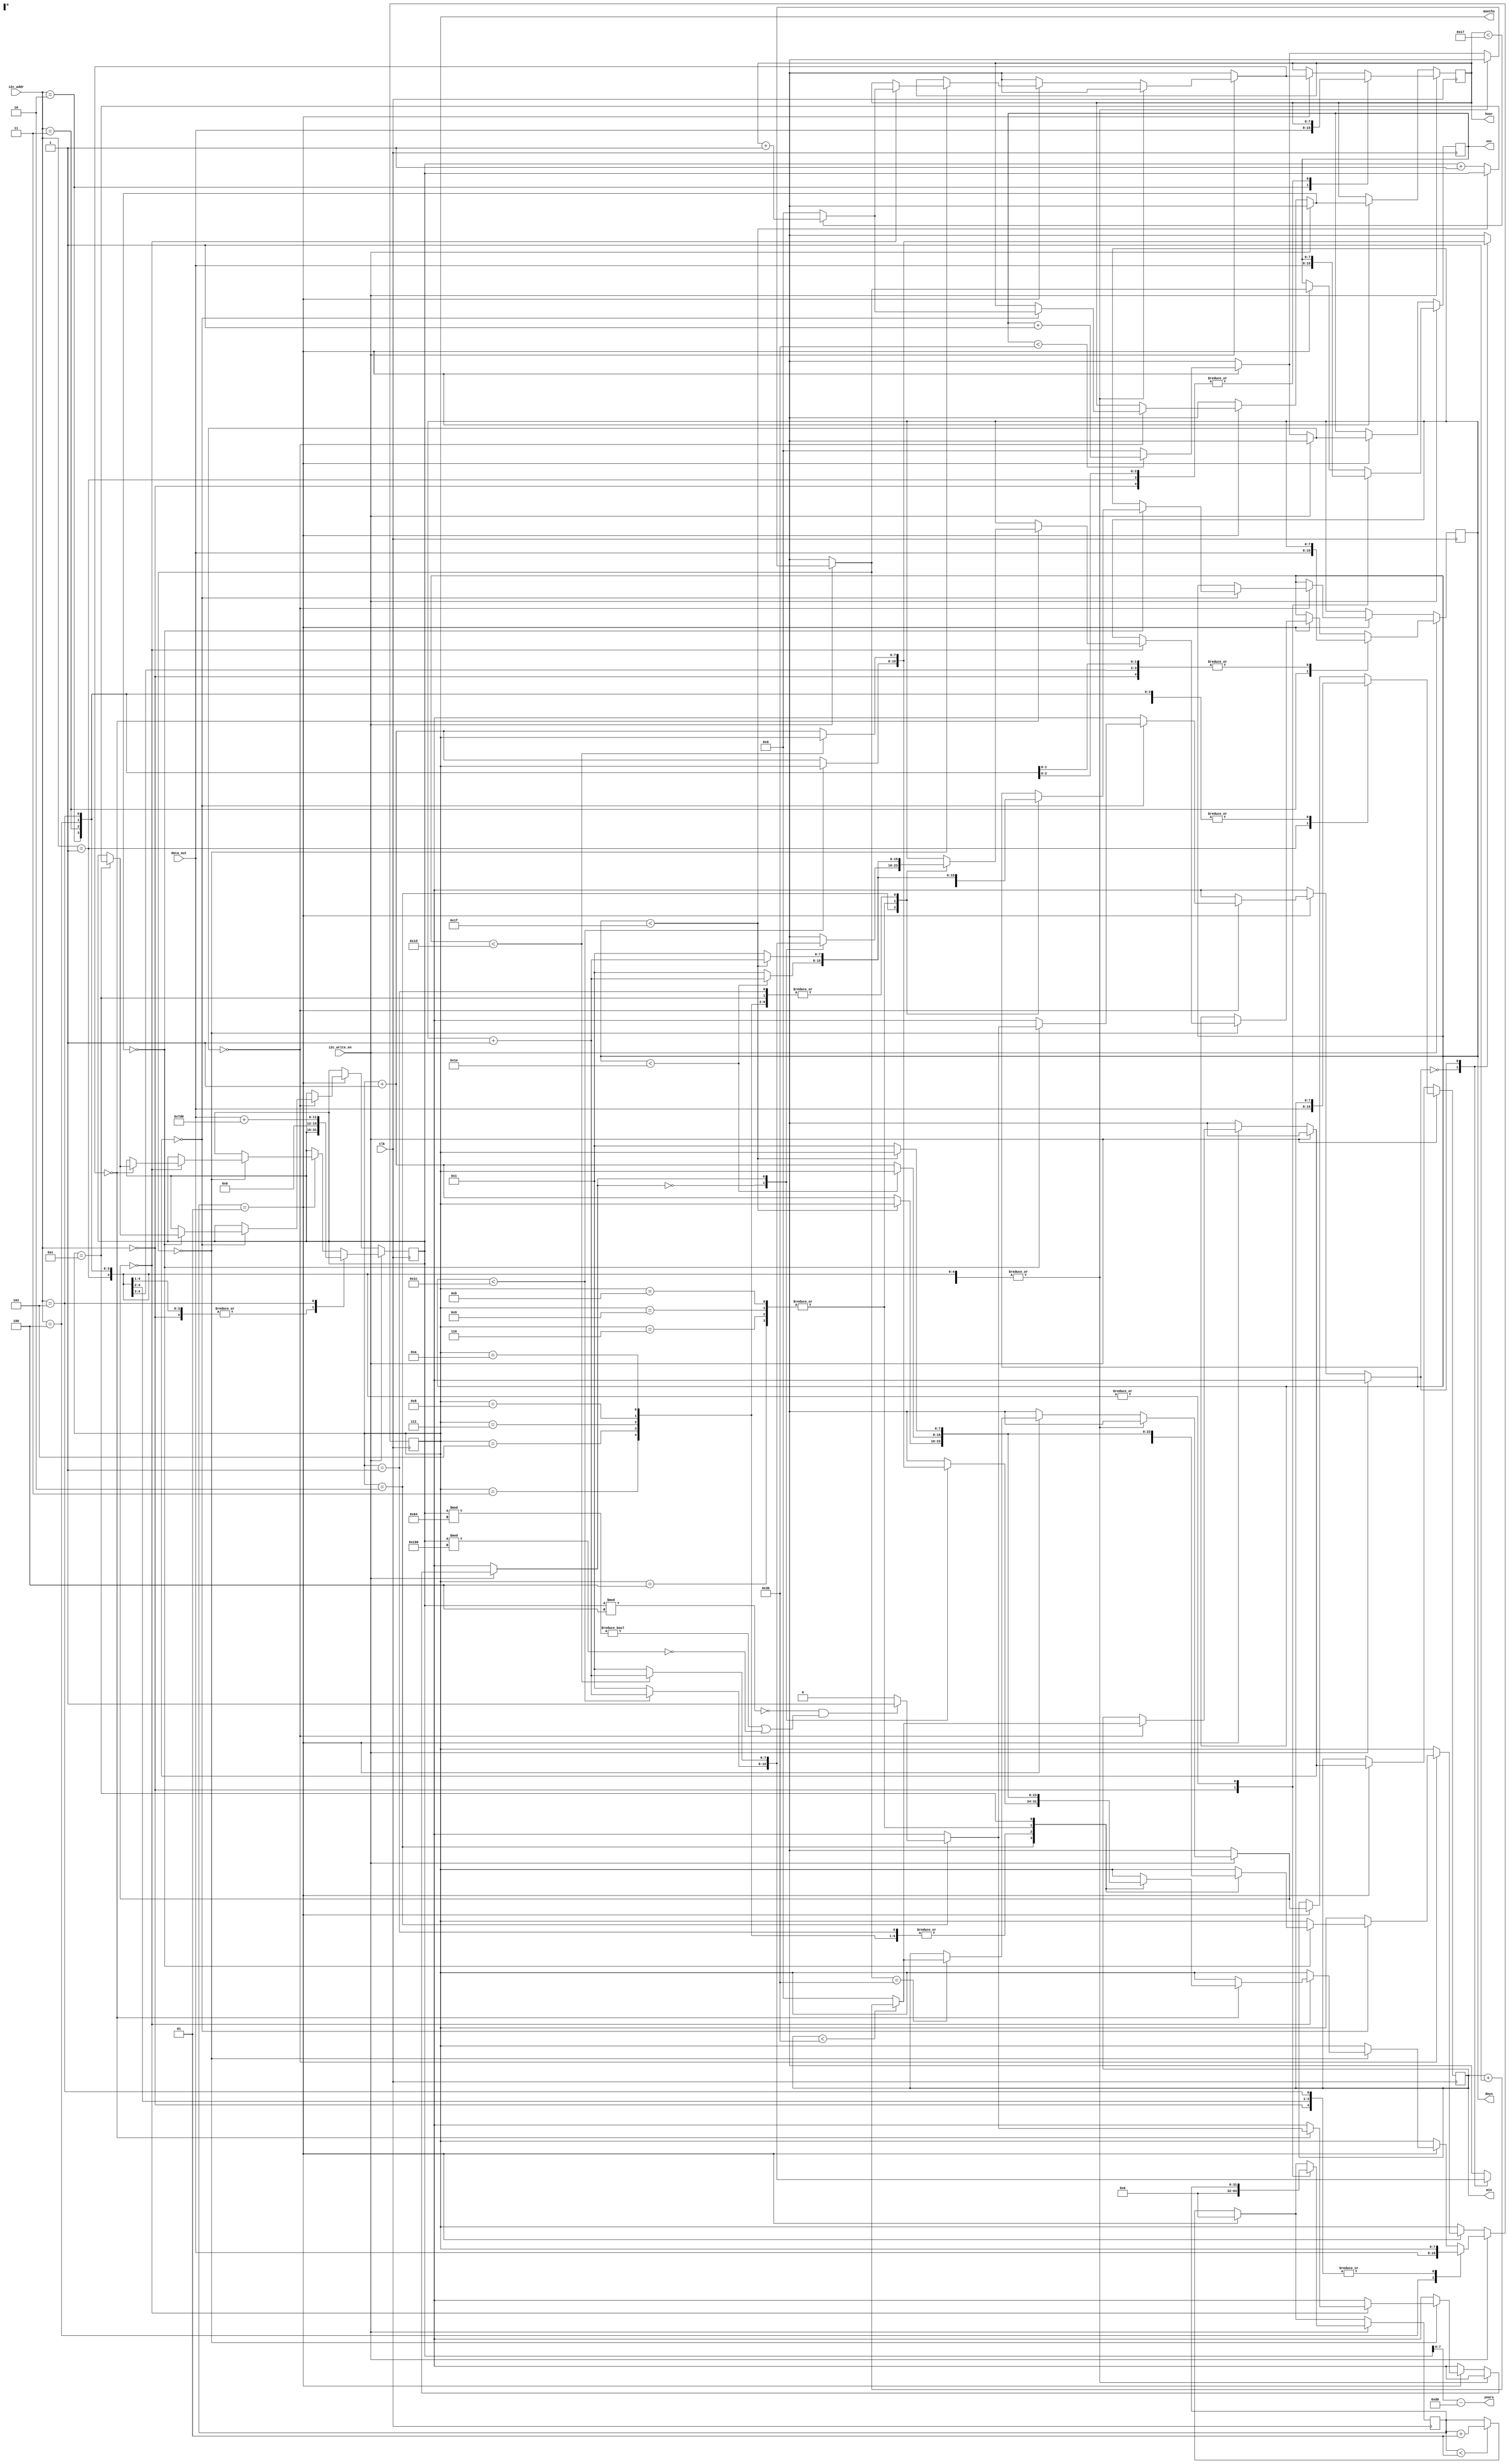
`timescale 1ns / 1ps

module counters(
    input wire clk,
    input [3:0] i2c_addr,
    input [7:0] data_out,   // data from bcd to binary converter
    input i2c_write_en,
    output wire [7:0] sec,
    output wire [7:0] min,
    output wire [7:0] hour,
    output wire [7:0] days,
    output wire [7:0] months,
    output wire [7:0] years
    );
    
    reg [7:0] sec_count_reg = 0;    // register for storing seconds
    reg [7:0] min_count_reg = 0;    // register for storing minutes
    reg [7:0] hour_count_reg = 0;    // register for storing hours
    reg [7:0] day_count_reg = 1;    // register for storing days
    reg [7:0] month_count_reg = 1;    // register for storing months
    reg [15:0] year_count_reg = 2023;    // register for storing years
            
    parameter sec_register_addr = 0;    // address of seconds register
    parameter min_register_addr = 1;    // address of minutes register
    parameter hour_register_addr = 2;   // address of hours register    * hours are in 24-hour format
    parameter day_register_addr = 3;   // address of days register
    parameter month_register_addr = 4;   // address of months register
    parameter year_register_addr = 5;   // address of years register
    
    // "A year is a leap year if it is divisible by 4, except for years that are divisible by 100 but not by 400. 
    // Years that are divisible by 400 are always leap years."
    // Here are some examples to illustrate this rule:
    // The year 2000 was a leap year, because it was divisible by 4 and by 400.
    // The year 1900 was not a leap year, because it was divisible by 4 and by 100 but not by 400.
    // The year 2024 will be a leap year, because it is divisible by 4 and is not divisible by 100 (or 400).
    // The year 2100 will not be a leap year, because it is divisible by 4 and by 100 but not by 400.

    reg is_leap_year;   // it's value is 1 if the year is a leap year otherwise 0.
    parameter base_clock = 1;   // base clock
    integer div = 0;    // clock divider. it divides the base clock into 1 second
    
    // constants indicating the months number
    // later used in case statement
    parameter jan = 1;
    parameter feb = 2;
    parameter mar = 3;
    parameter april = 4;
    parameter may = 5;
    parameter june = 6;
    parameter july = 7;
    parameter aug = 8;
    parameter sep = 9;
    parameter oct = 10;
    parameter nov = 11;
    parameter dec = 12;
    
    // counter
    // it triggers on every clock tick
    always @ (posedge clk) begin
    // if the write signal from i2c is asserted then overwrite the register
        if (i2c_write_en == 1) begin
            case (i2c_addr)
            sec_register_addr: begin 
                sec_count_reg = data_out; 
                div = 0;
             end
            // overwrite the minutes register if it's address is on addr bus
            min_register_addr: begin 
                min_count_reg = data_out;
            end
            // overwrite the hour register if it's address is on addr bus
            hour_register_addr: begin
                hour_count_reg = data_out;
            end
            
            // overwrite the day register if it's address is on addr bus
            day_register_addr: begin
                day_count_reg = data_out;
            end

            // overwrite the month register if it's address is on addr bus
            month_register_addr: begin
                month_count_reg = data_out;
            end
            
            // overwrite the year register
            year_register_addr: begin
                year_count_reg = data_out + 2000;
            end
                
            // if the address was invalid, then increment the second counter register
            // because we don't want invalid addresses to halt counter register increments
            default: begin
                    if (div == base_clock) begin
                        div = 0;
                        // number of seconds should be 00-59
                        if (sec_count_reg < 59) begin
                            sec_count_reg = sec_count_reg + 1;
                        end else begin
                            sec_count_reg = 0;
                        end

                        // increment minutes counter
                        // keep the counter value in between 00-59
                        if (sec_count_reg == 59) begin
                            // increment the minute counter if minutes are in this range 00-59
                            if (min_count_reg < 59) begin
                                min_count_reg = min_count_reg + 1;
                            end else begin
                                min_count_reg = 0;
                            end
                        end 

                        // increment hour register
                        // keep check on register value
                        // value should not exceed 00-23
                        
                        // counter format : min: sec, 0:0,
                        if (sec_count_reg == 0) begin
                            if (min_count_reg == 0) begin
                                if (hour_count_reg < 23) begin
                                    hour_count_reg = hour_count_reg + 1;    
                                end else begin
                                    hour_count_reg = 0;
                                end
                            end
                        end 
                                                                    
                // increment days and months
                        if (sec_count_reg == 0) begin
                            if (min_count_reg == 0) begin
                                if (hour_count_reg == 0) begin
                                
                                    case (month_count_reg)
                                        jan: begin
                                            if (day_count_reg < 31) begin
                                                day_count_reg = day_count_reg + 1;
                                            end else begin
                                                day_count_reg = 1;
                                                month_count_reg = month_count_reg + 1;
                                            end
                                        end
                                        
                                        feb: begin
                                            // leaps years
                                            // compensate for leap years
                                            if (year_count_reg % 4 == 0 && (year_count_reg % 100 != 0 || year_count_reg % 400 == 0)) begin
                                                is_leap_year = 1; // write 1 to leap_year if year is a leap year
                                            end 
                                            else begin
                                                is_leap_year = 0; // write 0 to leap_year if year is not a leap year
                                            end
                                                  
                                            case(is_leap_year)
                                                // if it's not a leap year
                                                0: begin 
                                                    if (day_count_reg < 28) begin
                                                        day_count_reg = day_count_reg + 1;    
                                                    end else begin
                                                        day_count_reg = 1;
                                                        month_count_reg = month_count_reg + 1;
                                                    end 
                                                end
                                                
                                                // if it's a leap year
                                                1: begin
                                                    if (day_count_reg < 29) begin
                                                        day_count_reg = day_count_reg + 1;    
                                                    end else begin
                                                        day_count_reg = 1;
                                                        month_count_reg = month_count_reg + 1;
                                                    end 
                                                end
                                            endcase
                                        end
                                        
                                        mar: begin
                                            if (day_count_reg < 31) begin
                                                day_count_reg = day_count_reg + 1;
                                            end else begin
                                                day_count_reg = 1;
                                                month_count_reg = month_count_reg + 1;
                                            end 
                                        end
        
                                        april: begin
                                            if (day_count_reg < 30) begin
                                                day_count_reg = day_count_reg + 1;
                                            end else begin
                                                day_count_reg = 1;
                                                month_count_reg = month_count_reg + 1;
                                            end 
                                        end
        
                                        may: begin
                                            if (day_count_reg < 31) begin
                                                day_count_reg = day_count_reg + 1;
                                            end else begin
                                                day_count_reg = 1;
                                                month_count_reg = month_count_reg + 1;
                                            end 
                                        end
                                                                       
                                        june: begin
                                            if (day_count_reg < 30) begin
                                                day_count_reg = day_count_reg + 1;
                                            end else begin
                                                day_count_reg = 1;
                                                month_count_reg = month_count_reg + 1;
                                            end 
                                        end
                                        
                                        july: begin
                                            if (day_count_reg < 31) begin
                                                day_count_reg = day_count_reg + 1;
                                            end else begin
                                                day_count_reg = 1;
                                                month_count_reg = month_count_reg + 1;
                                            end 
                                        end
        
                                        aug: begin
                                            if (day_count_reg < 31) begin
                                                day_count_reg = day_count_reg + 1;
                                            end else begin
                                                day_count_reg = 1;
                                                month_count_reg = month_count_reg + 1;
                                            end 
                                        end
                                                      
                                        sep: begin
                                            if (day_count_reg < 30) begin
                                                day_count_reg = day_count_reg + 1;
                                            end else begin
                                                day_count_reg = 1;
                                                month_count_reg = month_count_reg + 1;
                                            end 
                                        end
                                        
                                        oct: begin
                                            if (day_count_reg < 31) begin
                                                day_count_reg = day_count_reg + 1;
                                            end else begin
                                                day_count_reg = 1;
                                                month_count_reg = month_count_reg + 1;
                                            end 
                                        end
                                        
                                        nov: begin
                                            if (day_count_reg < 30) begin
                                                day_count_reg = day_count_reg + 1;
                                            end else begin
                                                day_count_reg = 1;
                                                month_count_reg = month_count_reg + 1;
                                            end 
                                        end
                                        
                                        dec: begin
                                            if (day_count_reg < 31) begin
                                                day_count_reg = day_count_reg + 1;
                                            end else begin
                                                day_count_reg = 1;
                                                month_count_reg = 1;    // reset the month register back to jan (1)
                                                // increment the year counting register after december have passed
                                                year_count_reg = year_count_reg + 1;
                                                
                                            end 
                                        end
        
                                        default: begin end
                                    endcase
                                end
                            end
                        end


                    end else if (div < base_clock) begin
                        div = div + 1;
                    end  
                end
            endcase
            
        end else if (i2c_write_en == 0) begin
            // base clock divider conditional
            // this if code block is only triggered when one complete second have passed
            if (div == base_clock) begin
                div = 0;
                
                // number of seconds should be 00-59
                if (sec_count_reg < 59) begin
                    sec_count_reg = sec_count_reg + 1;
                end else begin
                    sec_count_reg = 0;
                end
                
                // increment minutes counter
                // keep the counter value in between 00-59
                if (sec_count_reg == 0) begin
                    // increment the minute counter if minutes are in this range 00-59
                    if (min_count_reg < 59) begin
                        min_count_reg = min_count_reg + 1;
                    end else begin
                        min_count_reg = 0;
                    end
                end
                
                // increment hour register
                // keep check on register value
                // value should not exceed 00-23
                
                // counter format : min: sec, 0:0,
                if (sec_count_reg == 0) begin
                    if (min_count_reg == 0) begin
                        if (hour_count_reg < 23) begin
                            hour_count_reg = hour_count_reg + 1;    
                        end else begin
                            hour_count_reg = 0;
                        end
                    end
                end
                
                // increment days and months
                if (sec_count_reg == 0) begin
                    if (min_count_reg == 0) begin
                        if (hour_count_reg == 0) begin
                        
                            case (month_count_reg)
                                jan: begin
                                    if (day_count_reg < 31) begin
                                        day_count_reg = day_count_reg + 1;
                                    end else begin
                                        day_count_reg = 1;
                                        month_count_reg = month_count_reg + 1;
                                    end
                                end
                                
                                feb: begin
                                    // leaps years
                                    // compensate for leap years
                                    if (year_count_reg % 4 == 0 && (year_count_reg % 100 != 0 || year_count_reg % 400 == 0)) begin
                                        is_leap_year = 1; // write 1 to leap_year if year is a leap year
                                    end 
                                    else begin
                                        is_leap_year = 0; // write 0 to leap_year if year is not a leap year
                                    end
                                          
                                    case(is_leap_year)
                                        // if it's not a leap year
                                        0: begin 
                                            if (day_count_reg < 28) begin
                                                day_count_reg = day_count_reg + 1;    
                                            end else begin
                                                day_count_reg = 1;
                                                month_count_reg = month_count_reg + 1;
                                            end 
                                        end
                                        
                                        // if it's a leap year
                                        1: begin
                                            if (day_count_reg < 29) begin
                                                day_count_reg = day_count_reg + 1;    
                                            end else begin
                                                day_count_reg = 1;
                                                month_count_reg = month_count_reg + 1;
                                            end 
                                        end
                                    endcase
                                end
                                
                                mar: begin
                                    if (day_count_reg < 31) begin
                                        day_count_reg = day_count_reg + 1;
                                    end else begin
                                        day_count_reg = 1;
                                        month_count_reg = month_count_reg + 1;
                                    end 
                                end

                                april: begin
                                    if (day_count_reg < 30) begin
                                        day_count_reg = day_count_reg + 1;
                                    end else begin
                                        day_count_reg = 1;
                                        month_count_reg = month_count_reg + 1;
                                    end 
                                end

                                may: begin
                                    if (day_count_reg < 31) begin
                                        day_count_reg = day_count_reg + 1;
                                    end else begin
                                        day_count_reg = 1;
                                        month_count_reg = month_count_reg + 1;
                                    end 
                                end
                                                               
                                june: begin
                                    if (day_count_reg < 30) begin
                                        day_count_reg = day_count_reg + 1;
                                    end else begin
                                        day_count_reg = 1;
                                        month_count_reg = month_count_reg + 1;
                                    end 
                                end
                                
                                july: begin
                                    if (day_count_reg < 31) begin
                                        day_count_reg = day_count_reg + 1;
                                    end else begin
                                        day_count_reg = 1;
                                        month_count_reg = month_count_reg + 1;
                                    end 
                                end

                                aug: begin
                                    if (day_count_reg < 31) begin
                                        day_count_reg = day_count_reg + 1;
                                    end else begin
                                        day_count_reg = 1;
                                        month_count_reg = month_count_reg + 1;
                                    end 
                                end
                                              
                                sep: begin
                                    if (day_count_reg < 30) begin
                                        day_count_reg = day_count_reg + 1;
                                    end else begin
                                        day_count_reg = 1;
                                        month_count_reg = month_count_reg + 1;
                                    end 
                                end
                                
                                oct: begin
                                    if (day_count_reg < 31) begin
                                        day_count_reg = day_count_reg + 1;
                                    end else begin
                                        day_count_reg = 1;
                                        month_count_reg = month_count_reg + 1;
                                    end 
                                end
                                
                                nov: begin
                                    if (day_count_reg < 30) begin
                                        day_count_reg = day_count_reg + 1;
                                    end else begin
                                        day_count_reg = 1;
                                        month_count_reg = month_count_reg + 1;
                                    end 
                                end
                                
                                dec: begin
                                    if (day_count_reg < 31) begin
                                        day_count_reg = day_count_reg + 1;
                                    end else begin
                                        day_count_reg = 1;
                                        month_count_reg = 1;    // reset the month register back to jan (1)
                                        // increment the year counting register after december have passed
                                        year_count_reg = year_count_reg + 1;
                                        
                                    end 
                                end

                                default: begin end
                            endcase
                        end
                    end
                end
                
            end else if (div < base_clock) begin
                div = div + 1;
            end
        end
    end    
    
    assign sec = sec_count_reg;
    assign min = min_count_reg;
    assign hour = hour_count_reg;
    assign days = day_count_reg;
    assign months = month_count_reg;
    assign years = year_count_reg - 2000;
    
endmodule